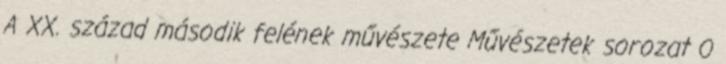
A XX. század második felének művészete Művészetek sorozat 0